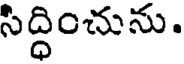
సిద్ధించును.